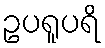
ဥပရူပရိ